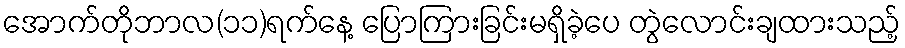
အောက်တိုဘာလ(၁၁)ရက်နေ့ ပြောကြားခြင်းမရှိခဲ့ပေ တွဲလောင်းချထားသည့်